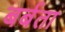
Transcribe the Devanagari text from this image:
बर्बता